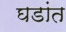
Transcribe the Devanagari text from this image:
घडांत